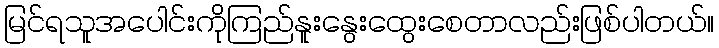
မြင်ရသူအပေါင်းကိုကြည်နူးနွေးထွေးစေတာလည်းဖြစ်ပါတယ်။